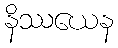
နိဿယေန